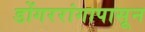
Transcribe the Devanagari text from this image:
डोंगररांगापासून